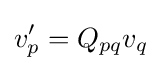
v'_{p}=Q_{pq}v_{q}